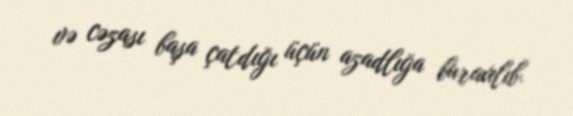
və cəzası başa çatdığı üçün azadlığa buraxılıb.